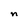
Character: n